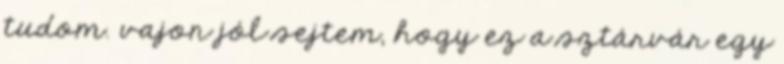
tudom. vajon jól sejtem, hogy ez a sztárvár egy